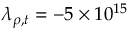
\lambda _ { \rho , t } = - 5 \times 1 0 ^ { 1 5 }